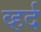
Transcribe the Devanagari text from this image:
व्हर्द